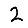
Digit: 2